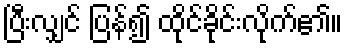
ပြီးလျှင် ပြန်၍ ထိုင်ခိုင်းလိုက်၏။